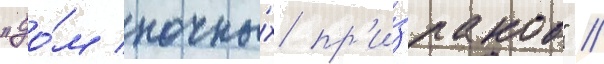
"до́м ночны́х пр'и́зраков" //